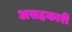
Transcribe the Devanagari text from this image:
असहकारी